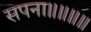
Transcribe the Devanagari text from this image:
सपना॥॥॥॥